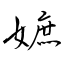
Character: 嫬